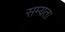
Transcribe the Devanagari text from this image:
सम्यता